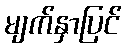
မျက်နှာပြင်